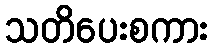
သတိပေးစကား